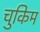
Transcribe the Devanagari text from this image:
चुकिम